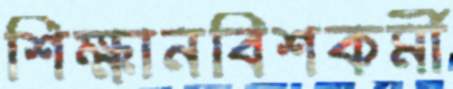
শিক্ষানবিশকর্মী